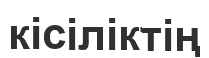
кісіліктің